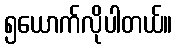
၅ယောက်လိုပါတယ်။